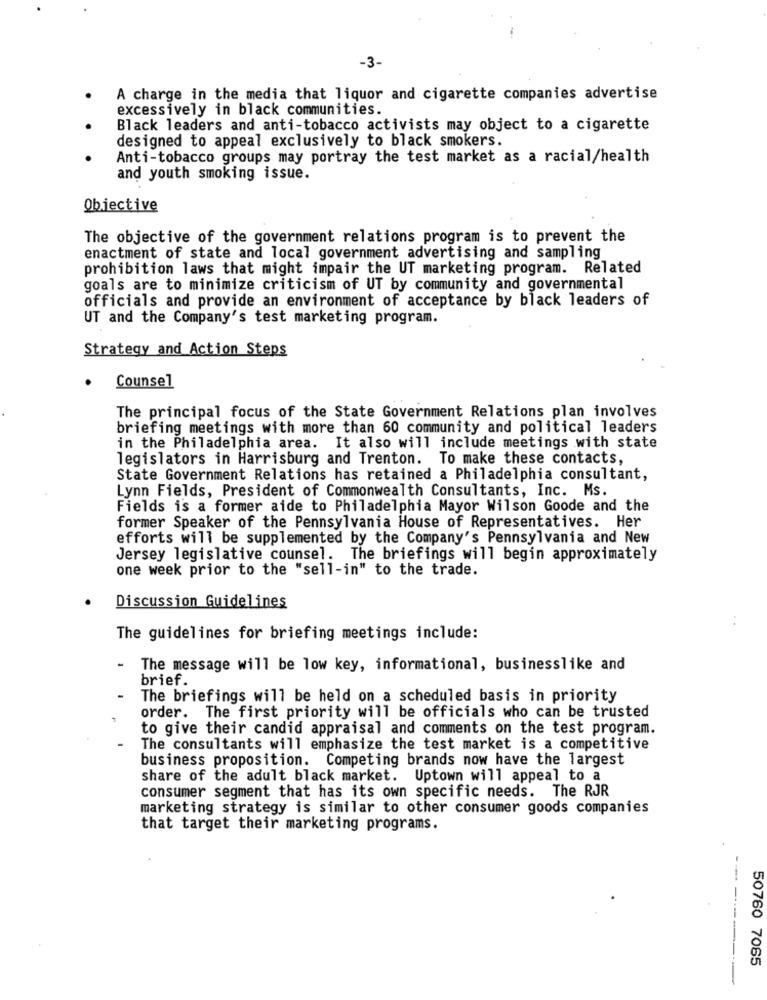
-3-
A charge in the media that liquor and cigarette companies advertise
excessively in black communities.
Black leaders and anti-tobacco activists may object to a cigarette
designed to appeal exclusively to black smokers.
Anti-tobacco groups may portray the test market as a racial/health
and youth smoking issue.
Objective
The objective of the government relations program is to prevent the
enactment of state and local government advertising and sampling
prohibition laws that might impair the UT marketing program. Related
goals are to minimize criticism of UT by community and governmental
officials and provide an environment of acceptance by black leaders of
UT and the Company's test marketing program.
Strategy and Action Steps
Counsel
The principal focus of the State Government Relations plan involves
briefing meetings with more than 60 community and political leaders
in the Philadelphia area. It also will include meetings with state
legislators in Harrisburg and Trenton. To make these contacts,
State Government Relations has retained a Philadelphia consultant,
Lynn Fields, President of Commonwealth Consultants, Inc. Ms.
Fields is a former aide to Philadelphia Mayor Wilson Goode and the
former Speaker of the Pennsylvania House of Representatives. Her
efforts will be supplemented by the Company's Pennsylvania and New
Jersey legislative counsel. The briefings will begin approximately
one week prior to the "sell-in" to the trade.
Discussion Guidelines
The guidelines for briefing meetings include:
The message will be low key, informational, businesslike and
brief.
The briefings will be held on a scheduled basis in priority
order. The first priority will be officials who can be trusted
to give their candid appraisal and comments on the test program.
The consultants will emphasize the test market is a competitive
business proposition. Competing brands now have the largest
share of the adult black market. Uptown will appeal to a
consumer segment that has its own specific needs. The RJR
marketing strategy is similar to other consumer goods companies
that target their marketing programs.
50760 7065